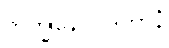
ဘိက္ခုနောဝါဒကာနံ